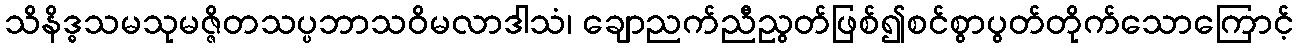
သိနိဒ္ဓသမသုမဇ္ဇိတသပ္ပဘာသဝိမလာဒါသံ၊ ချောညက်ညီညွတ်ဖြစ်၍စင်စွာပွတ်တိုက်သောကြောင့်